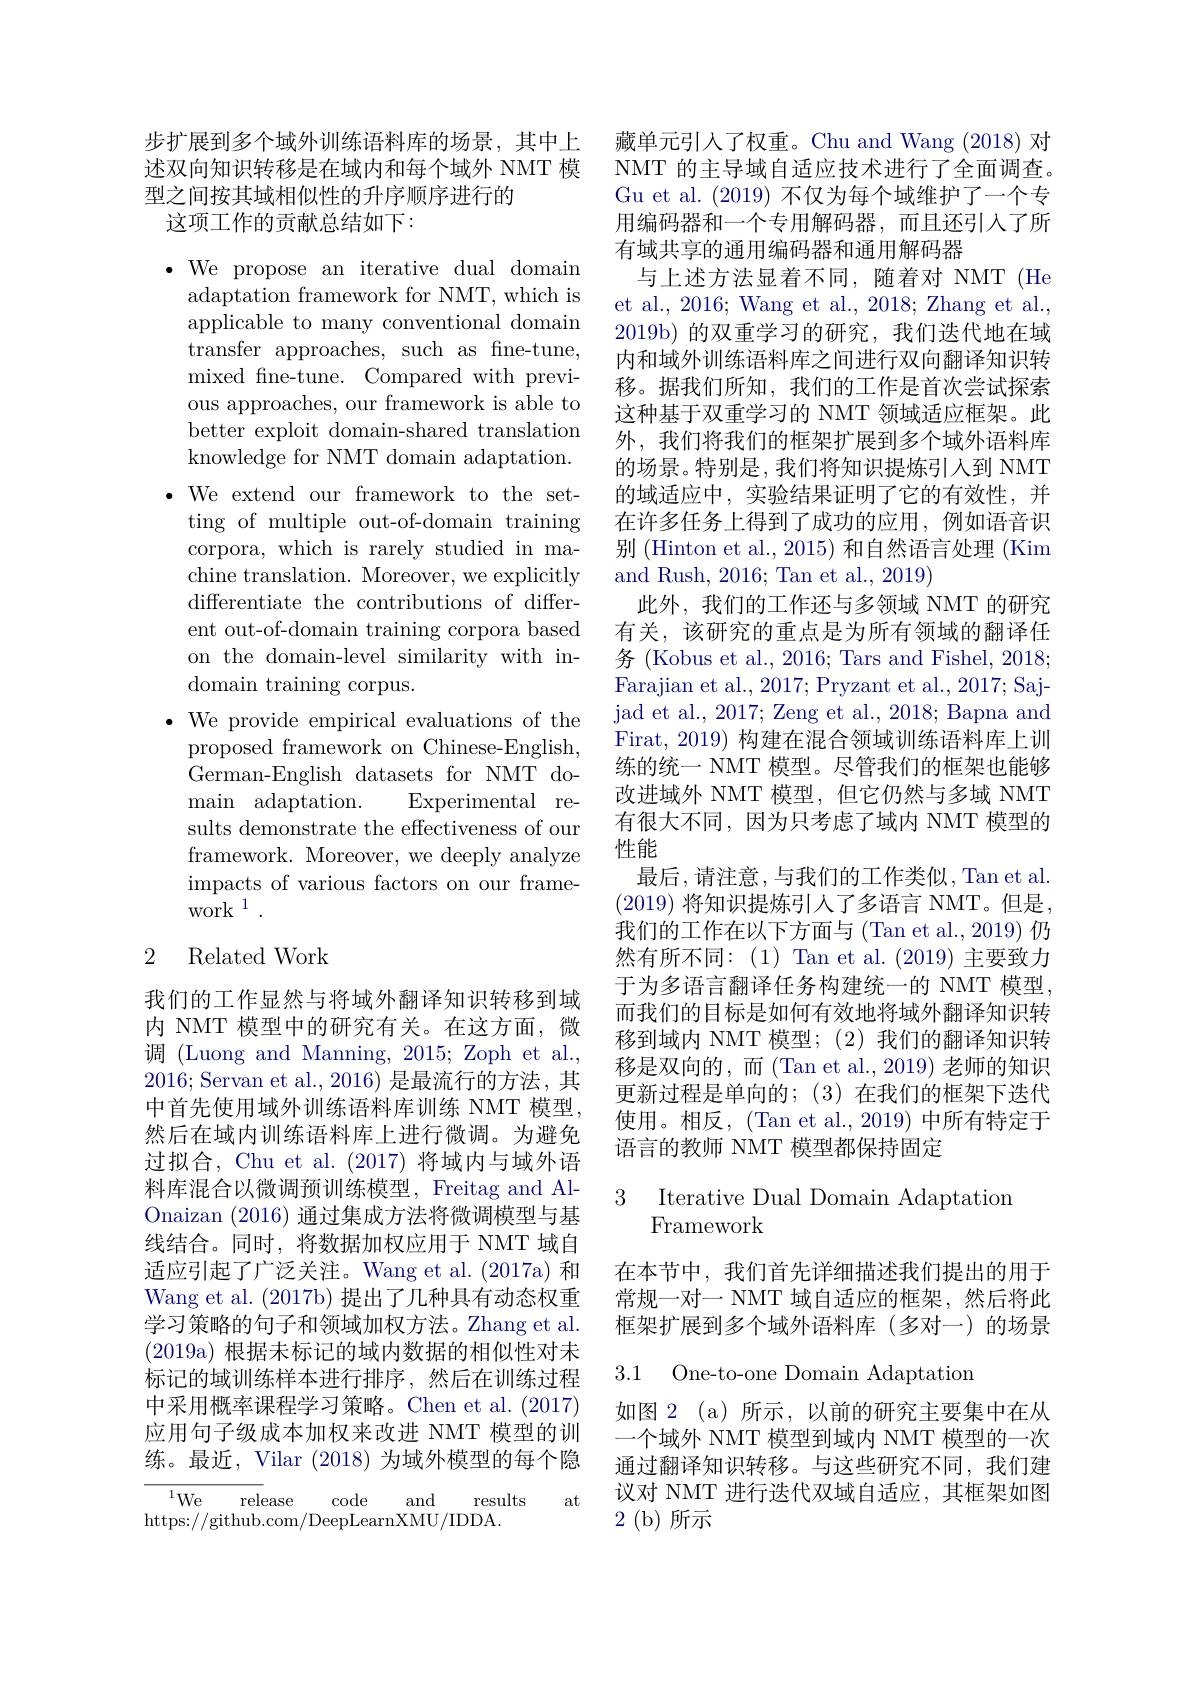
步扩展到多个域外训练语料库的场景，其中上述双向知识转移是在域内和每个域外 NMT 模型之间按其域相似性的升序顺序进行的
这项工作的贡献总结如下：

$\cdot$We propose an iterative dual domain
adaptation framework for NMT, which is applicable to many conventional domain transfer approaches, such as fine-tune, mixed fne-tune. Compared with previous approaches, our framework is able to better exploit domain-shared translation knowledge for NMT domain adaptation.
$\bullet$We extend our framework to the setting of multiple out-of-domain training corpora, which is rarely studied in machine translation. Moreover, we explicitly differentiate the contributions of different out-of-domain training corpora based on the domain-level similarity with indomain training corpus.
$\bullet$ We provide empirical evaluations of the
proposed framework on Chinese-English, German-English datasets for NMT do- ${\mathrm{main}}$ ${\mathrm{adaptation}}.$
Experimental re-
sults demonstrate the effectiveness of our framework. Moreover, we deeply analyze impacts of various factors on our frame- ${\mathrm{work}}^{1}.$

## 2 Related Work

我们的工作显然与将域外翻译知识转移到域内 NMT 模型中的研究有关。在这方面，微调 (Luong and Manning, 2015; Zoph et al., 2016; Servan et al.,2016)是最流行的方法，其中首先使用域外训练语料库训练 NMT 模型， 然后在域内训练语料库上进行微调。为避免过拟合，Chu et al. (2017)将域内与域外语料库混合以微调预训练模型，Freitag and AlOnaizan (2016)通过集成方法将微调模型与基线结合。同时，将数据加权应用于 NMT 域自适应引起了广泛关注。Wang et al. (2017a) 和Wang et al. (2017b) 提出了几种具有动态权重学习策略的句子和领域加权方法。Zhang et al. (2019a) 根据未标记的域内数据的相似性对未标记的域训练样本进行排序，然后在训练过程中采用概率课程学习策略。Chen et al. (2017) 应用句子级成本加权来改进 NMT 模型的训练。最近，Vilar (2018)为域外模型的每个隐

at

$^{1}$We release
code
and
results
https://github.com/DeepLearnXMU/IDDA.

藏单元引入了权重。Chu and Wang (2018) 对NMT 的主导域自适应技术进行了全面调查。Gu et al. (2019)不仅为每个域维护了一个专用编码器和一个专用解码器，而且还引入了所有域共享的通用编码器和通用解码器
与上述方法显着不同，随着对 NMT (He et al., 2016; Wang et al., 2018; Zhang et al. 2019b)的双重学习的研究，我们迭代地在域内和域外训练语料库之间进行双向翻译知识转移。据我们所知，我们的工作是首次尝试探索这种基于双重学习的 NMT 领域适应框架。此外，我们将我们的框架扩展到多个域外语料库的场景。特别是，我们将知识提炼引入到 NMT 的域适应中，实验结果证明了它的有效性，并在许多任务上得到了成功的应用，例如语音识别 (Hinton et al., 2015) 和自然语言处理 (Kim and Rush, 2016; Tan et al., 2019)
此外，我们的工作还与多领域 NMT 的研究有关，该研究的重点是为所有领域的翻译任务 (Kobus et al., 2016; Tars and Fishel, 2018; Farajian et al., 2017; Pryzant et al., 2017; Saj- ${\text{jad et al., 2017; Zeng et al., 2018; Bapna and}}$ Firat, 2019) 构建在混合领域训练语料库上训练的统一 NMT 模型。尽管我们的框架也能够改进域外 NMT 模型，但它仍然与多域 NMT 有很大不同，因为只考虑了域内 NMT 模型的性能
最后，请注意，与我们的工作类似，Tan et al. (2019) 将知识提炼引人了多语言 NMT。但是， 我们的工作在以下方面与(Tan et al., 2019) 仍然有所不同：(1) Tan et al.(2019) 主要致力于为多语言翻译任务构建统一的 NMT 模型， 而我们的目标是如何有效地将域外翻译知识转移到域内 NMT 模型；(2)我们的翻译知识转移是双向的，而(Tan et al., 2019) 老师的知识更新过程是单向的；(3)在我们的框架下迭代使用。相反，(Tan et al., 2019) 中所有特定于语言的教师 NMT 模型都保持固定

3 Iterative Dual Domain Adaptation
## Framework

在本节中，我们首先详细描述我们提出的用于常规一对一 NMT 域自适应的框架，然后将此框架扩展到多个域外语料库(多对一)的场景

3.1 One-to-one Domain Adaptation

如图 2 (a) 所示，以前的研究主要集中在从一个域外 NMT 模型到域内 NMT 模型的一次通过翻译知识转移。与这些研究不同，我们建议对 NMT 进行迭代双域自适应，其框架如图$2~($b$)~$所示